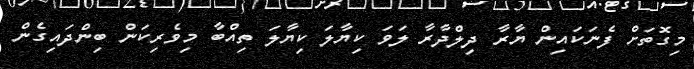
މިގޮތަށް ފެނަކައިން ޔާރާ ދިލްދާރާ ލަވަ ކިޔާލަ ކިޔާލަ ތިއްބާ މިވެރިކަން ބިންދައިގެން